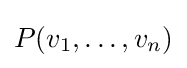
P(v_{1},\ldots ,v_{n})